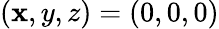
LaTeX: (\mathbf{x},y,z)=(0,0,0)